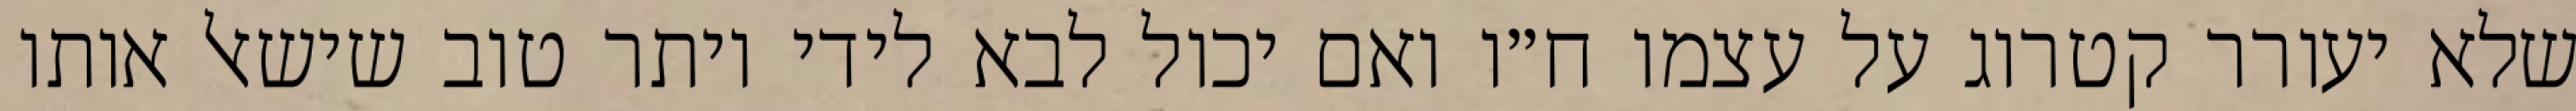
שלא יעורר קטרוג על עצמו ח״ו ואם יכול לבא לידי יותר טוב שישאל אותו